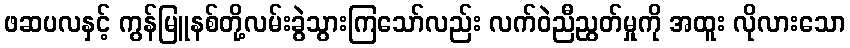
ဖဆပလနှင့် ကွန်မြူနစ်တို့လမ်းခွဲသွားကြသော်လည်း လက်ဝဲညီညွတ်မှုကို အထူး လိုလားသော